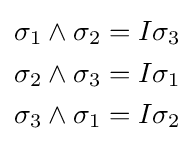
{\begin{aligned}\sigma _{1}\wedge \sigma _{2}&=I\sigma _{3}\\\sigma _{2}\wedge \sigma _{3}&=I\sigma _{1}\\\sigma _{3}\wedge \sigma _{1}&=I\sigma _{2}\\\end{aligned}}